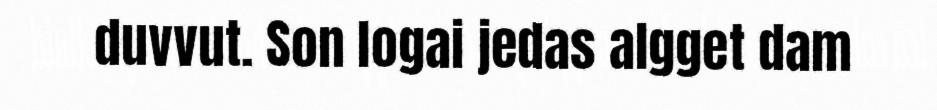
duvvut. Son logai jedas algget dam